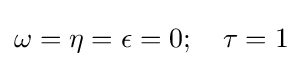
\omega =\eta =\epsilon =0;\quad \tau =1